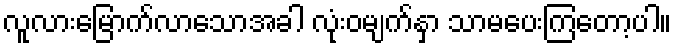
လူလားမြောက်လာသောအခါ လုံးဝမျက်နှာ သာမပေးကြတော့ပါ။